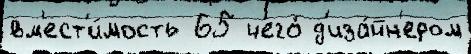
вм'ест'и́мость 65 чего́ д'иза́йн'ером